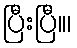
ပြီးပြီ။၊